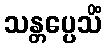
သန္တပ္ပေသိံ